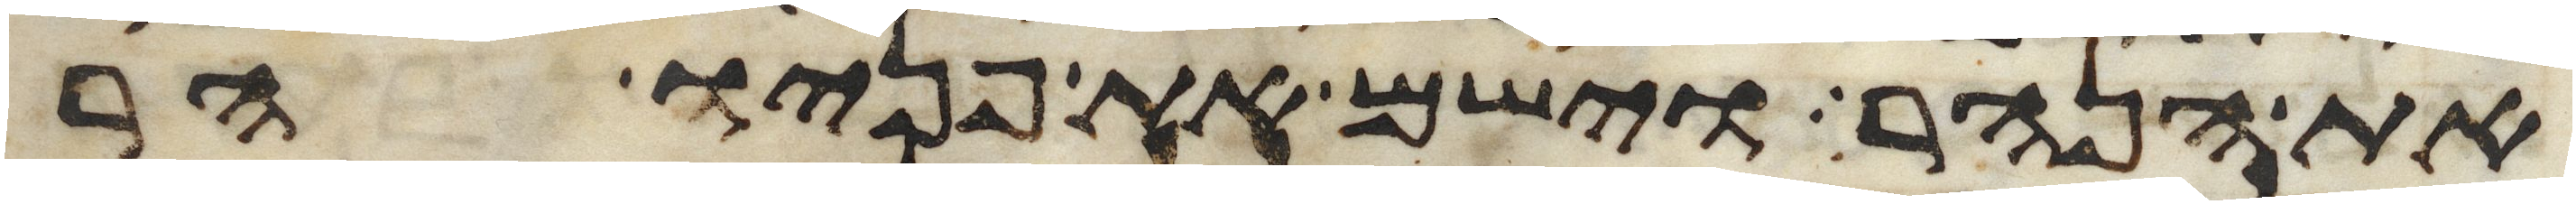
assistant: את הנהר וישם את פניו הר